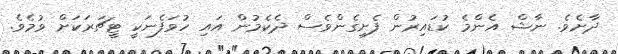
ދާށެވެ. ނާޝް އެންމެ ކުޑައިރުން ފެށިގެންވެސް ދެކެމުން އައި ހުވަފެނަކީ ޓީޗަރަަކަށް ވުމެވެ.